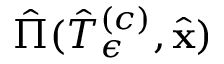
\hat { \Pi } ( \hat { T } _ { \epsilon } ^ { \left( c \right) } , \hat { \mathbf { x } } )